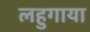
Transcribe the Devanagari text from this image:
लहुगाया